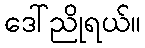
ဒေါ်ညိုရယ်။